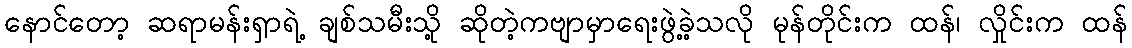
နောင်တော့ ဆရာမန်းရှာရဲ့ ချစ်သမီးသို့ ဆိုတဲ့ကဗျာမှာရေးဖွဲ့ခဲ့သလို မုန်တိုင်းက ထန်၊ လှိုင်းက ထန်